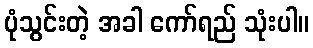
ပုံသွင်းတဲ့ အခါ ကော်ရည် သုံးပါ။